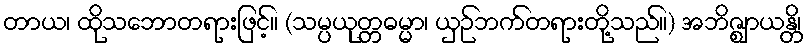
တာယ၊ ထိုသဘောတရားဖြင့်။ (သမ္ပယုတ္တဓမ္မာ၊ ယှဉ်ဘက်တရားတို့သည်။) အဘိဇ္ဈာယန္တိ၊